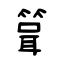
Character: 箿